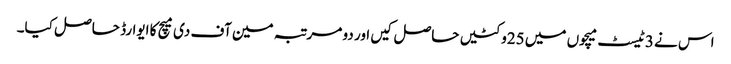
اس نے 3ٹیسٹ میچوں میں 25وکٹیں حاصل کیں اور دو مرتبہ مین آف دی میچ کا ایوارڈ حاصل کیا۔